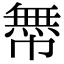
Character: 𢅊